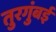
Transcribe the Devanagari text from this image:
तुरगुंबई